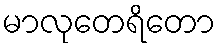
မာလုတေရိတော